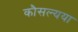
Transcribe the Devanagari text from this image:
कौसल्यया